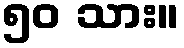
၅၀ သား။